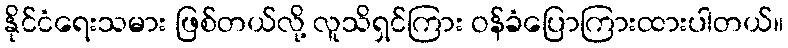
နိုင်ငံရေးသမား ဖြစ်တယ်လို့ လူသိရှင်ကြား ဝန်ခံပြောကြားထားပါတယ်။